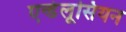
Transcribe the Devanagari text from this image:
एन्डेलूसियन